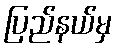
ပြည်နယ်မှ